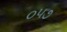
૦૫૭